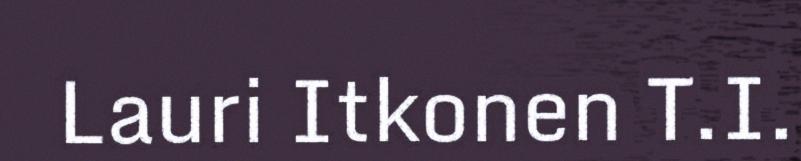
Lauri Itkonen T.I.